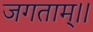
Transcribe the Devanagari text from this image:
जगताम्।।